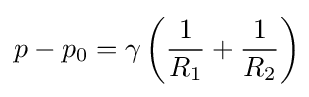
p-p_{0}=\gamma \left({\frac {1}{R_{1}}}+{\frac {1}{R_{2}}}\right)\!